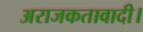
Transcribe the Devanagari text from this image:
अराजकतावादी।